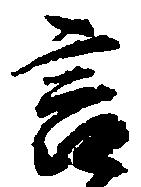
言